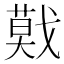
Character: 𢨃